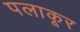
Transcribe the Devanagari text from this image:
पलाकूर